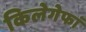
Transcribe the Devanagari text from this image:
किलेगेफां